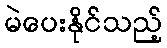
မဲပေးနိုင်သည့်